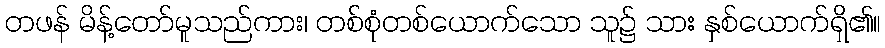
တဖန် မိန့်တော်မူသည်ကား၊ တစ်စုံတစ်ယောက်သော သူ၌ သား နှစ်ယောက်ရှိ၏။